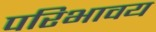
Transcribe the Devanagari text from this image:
परिभावय